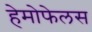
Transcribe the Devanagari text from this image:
हेमोफेलस